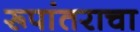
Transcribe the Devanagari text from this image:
रूपांतराचा